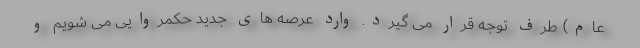
عام) طرف توجه قرار می گیرد. وارد عرصه های جدید حکمروایی می شویم و